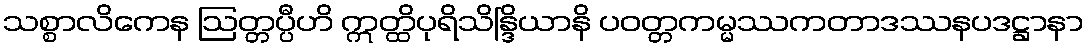
သစ္စာလိကေန ဩတ္တပ္ပီဟိ ဣတ္ထိပုရိသိန္ဒြိယာနိ ပဝတ္တကမ္မဿကတာဒဿနပဒဋ္ဌာနာ